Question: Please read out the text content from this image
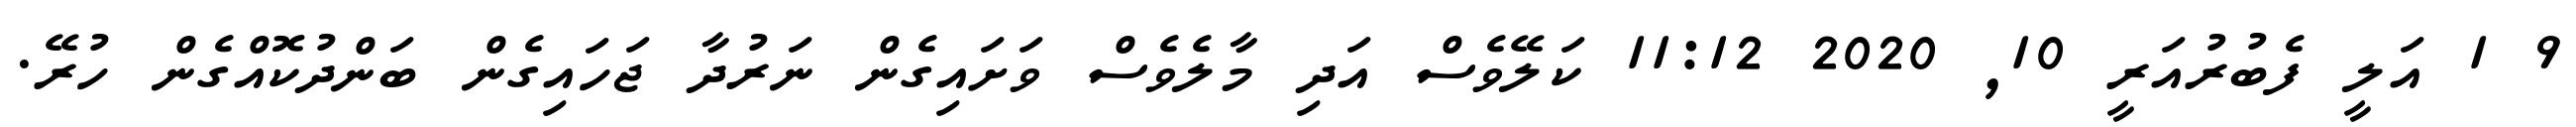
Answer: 9 1 އަލީ ފެބުރުއަރީ 10, 2020 11:12 ކަލޭވެސް އަދި މާލެވެސް ވަށައިގެން ނަރުދާ ޖަހައިގެން ބަންދުކޮއްގެން ހުރޭ.